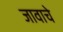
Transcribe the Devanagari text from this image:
जावाचे